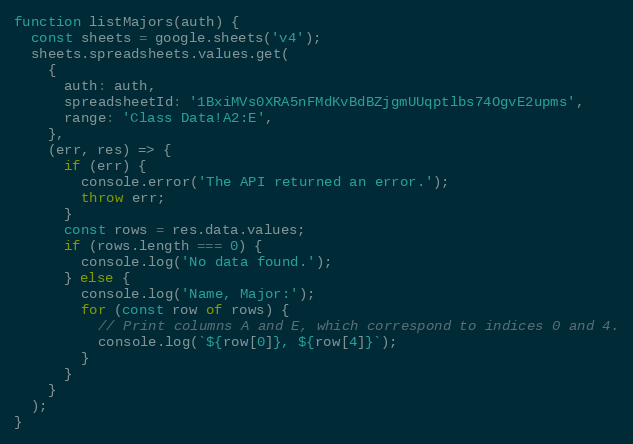
Language: JavaScript
function listMajors(auth) {
  const sheets = google.sheets('v4');
  sheets.spreadsheets.values.get(
    {
      auth: auth,
      spreadsheetId: '1BxiMVs0XRA5nFMdKvBdBZjgmUUqptlbs74OgvE2upms',
      range: 'Class Data!A2:E',
    },
    (err, res) => {
      if (err) {
        console.error('The API returned an error.');
        throw err;
      }
      const rows = res.data.values;
      if (rows.length === 0) {
        console.log('No data found.');
      } else {
        console.log('Name, Major:');
        for (const row of rows) {
          // Print columns A and E, which correspond to indices 0 and 4.
          console.log(`${row[0]}, ${row[4]}`);
        }
      }
    }
  );
}